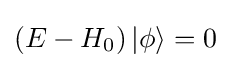
\left({E-{H_{0}}}\right)\left|\phi \right\rangle =0